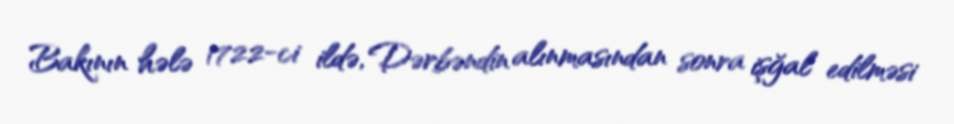
Bakının hələ 1722-ci ildə, Dərbəndin alınmasından sonra işğal edilməsi